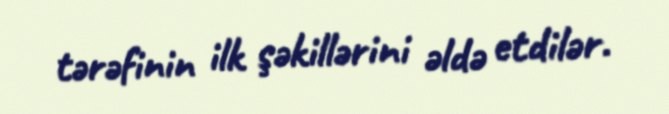
tərəfinin ilk şəkillərini əldə etdilər.